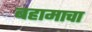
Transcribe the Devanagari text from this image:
बहामाचा